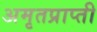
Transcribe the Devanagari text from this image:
अमृतप्राप्ती